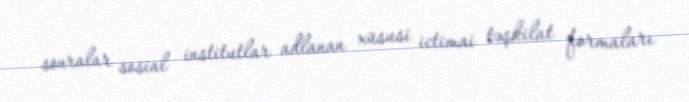
sonralar sosial institutlar adlanan xüsusi ictimai təşkilat formaları